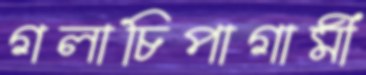
গলাচিপাগামী